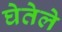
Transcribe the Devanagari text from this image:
घेतेले